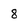
Character: 8